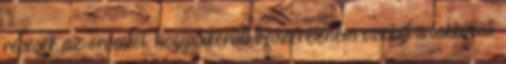
repesek az örömtől, hogy sikerült beszereznem ezeket a lakkokat.